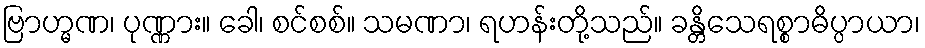
ဗြာဟ္မဏ၊ ပုဏ္ဏား။ ခေါ၊ စင်စစ်။ သမဏာ၊ ရဟန်းတို့သည်။ ခန္တိသေရစ္စာဓိပ္ပာယာ၊